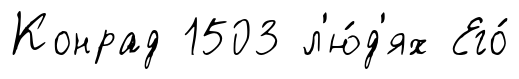
Конрад 1503 л'ю́д'ях Его́